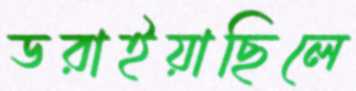
ডরাইয়াছিলে